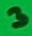
Text: 3